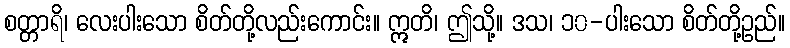
စတ္တာရိ၊ လေးပါးသော စိတ်တို့လည်းကောင်း။ ဣတိ၊ ဤသို့။ ဒသ၊ ၁၀-ပါးသော စိတ်တို့ဥည်။